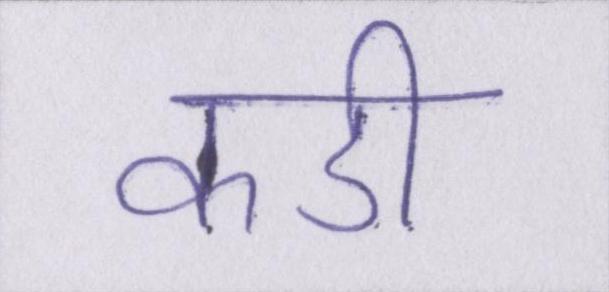
कडी